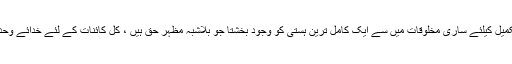
اﷲ سبحانہ و تعالیٰ نے اس دین کے اکمال و تکمیل کیلئے ساری مخلوقات میں سے ایک کامل ترین ہستی کو وجود بخشتا جو بلاشبہ مظہر حق ہیں ، کل کائنات کے لئے خدائے وحدہ لاشریک کے بے مثل و بے مثال خلیفہ ہیں ۔